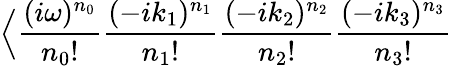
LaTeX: \Big<\frac{(i\omega)^{n_{0}}}{n_{0}!}\frac{(-ik_{1})^{n_{1}}}{n_{1}!}\frac{(-ik_{2})^{n_{2}}}{n_{2}!}\frac{(-ik_{3})^{n_{3}}}{n_{3}!}